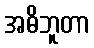
အဓိဘူတာ